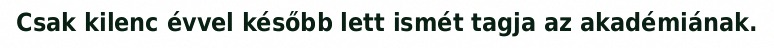
Csak kilenc évvel később lett ismét tagja az akadémiának.